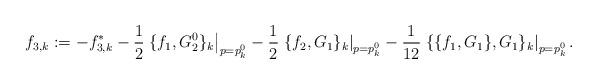
LaTeX: \begin{align*}f_{3,k}:= -f^*_{3,k}-\frac{1}{2}\left.\{f_1,G_2^0 \}_k\right|_{p={p}^0_k}-\frac{1}{2}\left.\{f_2,G_1\}_k\right|_{ p={p}^0_k}-\frac{1}{12}\left.\{\{f_1,G_1 \},G_1 \}_k\right|_{p={p}^0_k}.\end{align*}